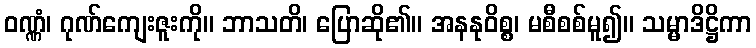
ဝဏ္ဏံ၊ ဂုဏ်ကျေးဇူးကို။ ဘာသတိ၊ ပြောဆို၏။ အနနုဝိစ္စ၊ မစီစစ်မူ၍။ သမ္မာဒိဋ္ဌိကာ